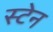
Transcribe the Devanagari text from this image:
स्‍टेन